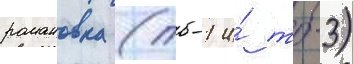
романовка (тб-1 и́ тб-3)